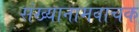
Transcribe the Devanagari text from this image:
संख्यानामवाचक